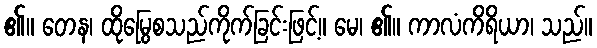
၏။ တေန၊ ထိုမြွေစသည်ကိုက်ခြင်းဖြင့်။ မေ၊ ၏။ ကာလံကိရိယာ၊ သည်။